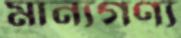
মান্যগণ্য